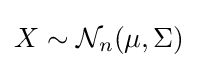
X\sim {\mathcal {N}}_{n}(\mu ,\Sigma )